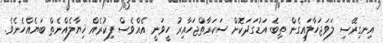
އިނގިރޭސި ލަވަޖަހާލައިގެން ތިބެ އަޑުގަދަކޮށް ސަކަރާތްޖަހާއިރު ހީވަނީ އެއްވެސް ފިކުރެއް ޚިޔާލެއްނެތް ބަޔެއްހެނެވެ.